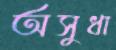
অসুধা